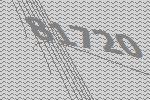
81720